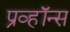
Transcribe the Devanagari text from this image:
प्रव्हॉन्स